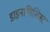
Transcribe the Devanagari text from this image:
डाइनामिसिस्ट